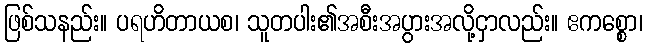
ဖြစ်သနည်း။ ပရဟိတာယစ၊ သူတပါး၏အစီးအပွားအလို့ငှာလည်း။ ဧကစ္စော၊